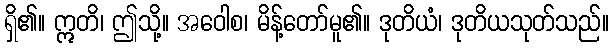
ရှိ၏။ ဣတိ၊ ဤသို့။ အဝေါစ၊ မိန့်တော်မူ၏။ ဒုတိယံ၊ ဒုတိယသုတ်သည်။